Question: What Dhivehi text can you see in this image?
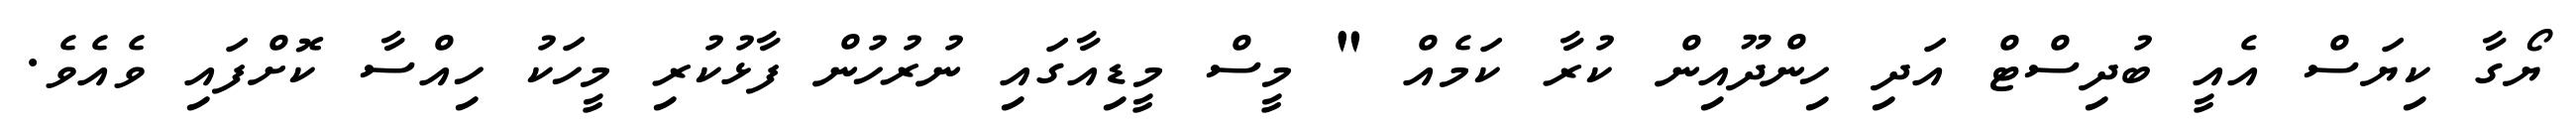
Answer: ޔޯގާ ކިޔަސް އެއީ ބުދިސްޓް އަދި ހިންދޫއިން ކުރާ ކަމެއް " މީސް މީޑިއާގައި ނުރުހުން ފާޅުކުރި މީހަކު ހިއްސާ ކޮށްފައި ވެއެވެ.